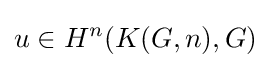
u\in H^{n}(K(G,n),G)